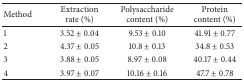
| Method | Extraction rate (%) | Polysaccharide content (%) | Protein content (%) |
 | --- | --- | --- | --- |
 | 1 | 3.52 ± 0.04 | 9.53 ± 0.10 | 41.91 ± 0.77 |
 | 2 | 4.37 ± 0.05 | 10.8 ± 0.13 | 34.8 ± 0.53 |
 | 3 | 3.88 ± 0.05 | 8.97 ± 0.08 | 40.17 ± 0.44 |
 | 4 | 3.97 ± 0.07 | 10.16 ± 0.16 | 47.7 ± 0.78 |